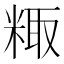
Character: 𫃂